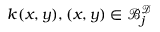
k ( x , y ) , ( x , y ) \in \mathcal { B } _ { j } ^ { \mathcal { D } }